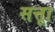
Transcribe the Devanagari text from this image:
सत्ताू